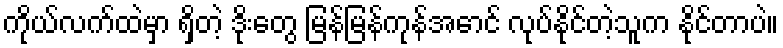
ကိုယ်လက်ထဲမှာ ရှိတဲ့ ဒိုးတွေ မြန်မြန်ကုန်အောင် လုပ်နိုင်တဲ့သူက နိုင်တာပဲ။